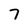
Character: 7